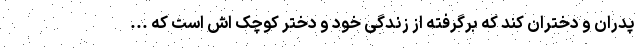
پدران و دختران کند که برگرفته از زندگی خود و دختر کوچک اش است که ...